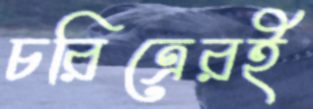
চরিত্রেরই